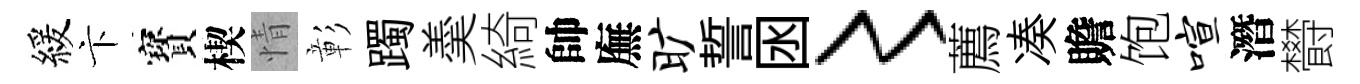
緩卞寳楔情彰躅羮綺帥廡旷誓囦〻薦凑贍饱喧潛欎